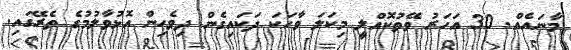
މާނައެއް. 30 އަހަރު ވޭތުކޮއްލީ މިކަލަ ވާހަކަ ދަކައިގެން ދިވެހިން އޮޅުވާލުމުގެ ތެރޭގައި.